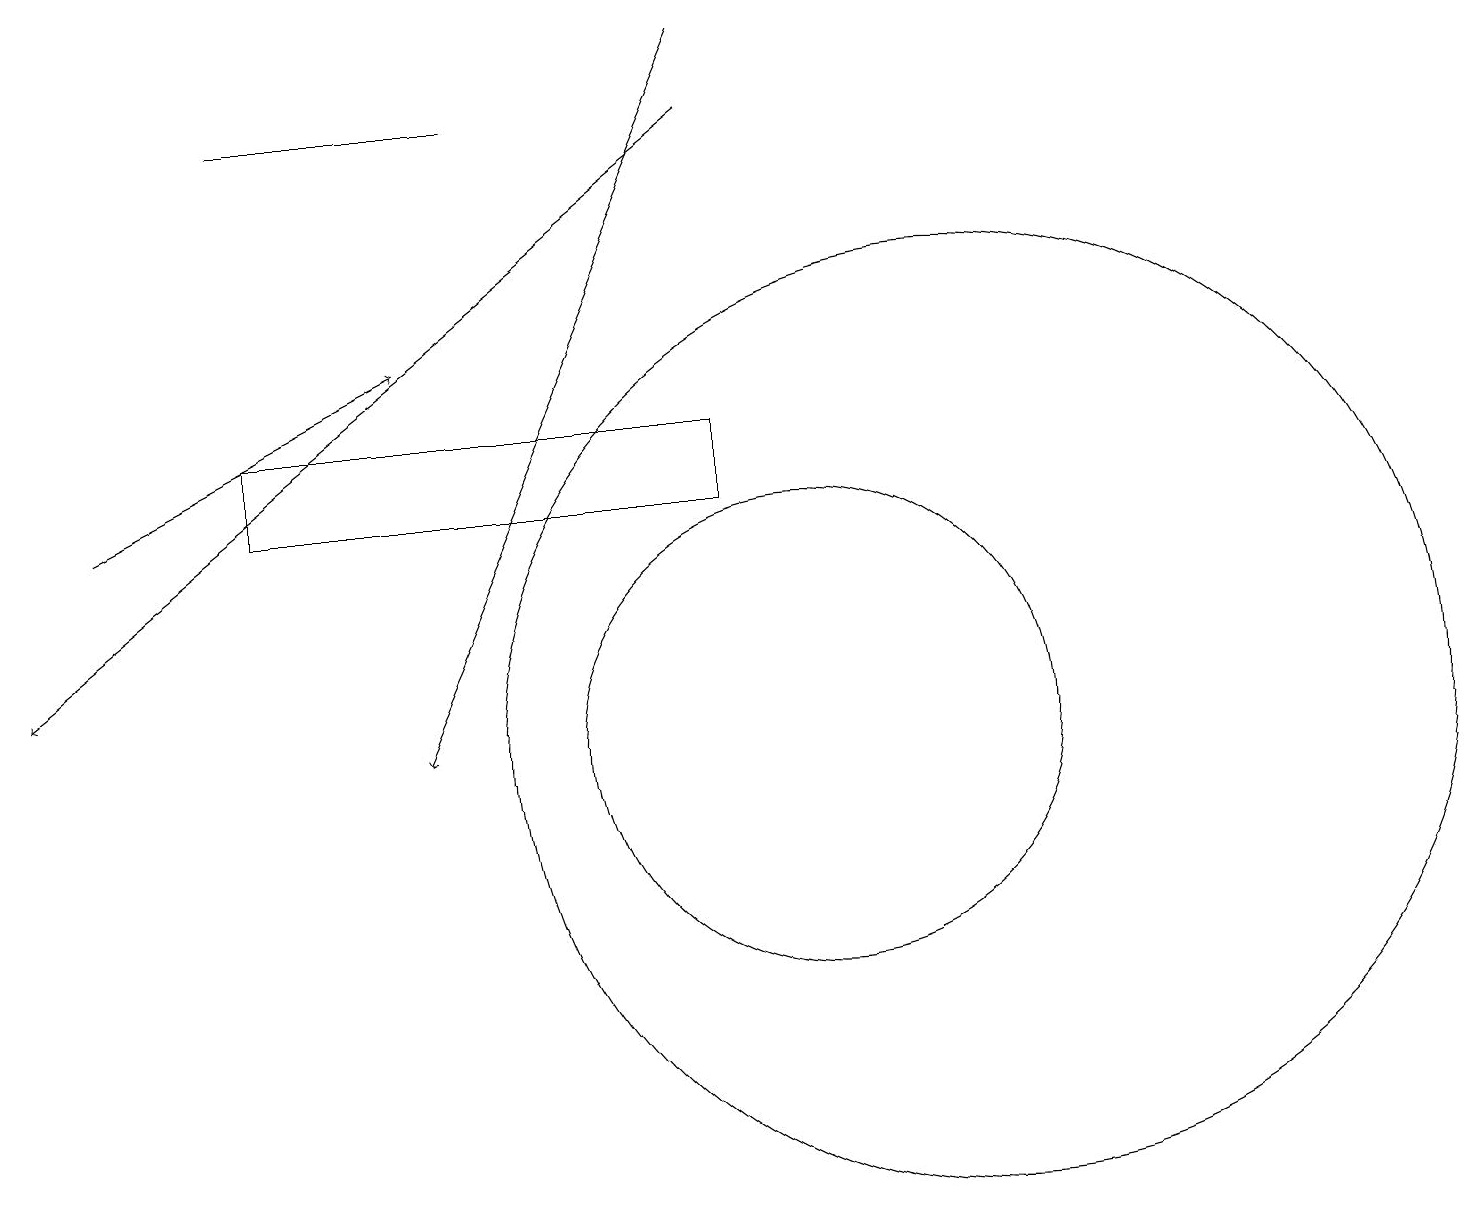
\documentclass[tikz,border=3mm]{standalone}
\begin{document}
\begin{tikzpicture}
\draw[->] (9,18) -- (0,11);
\draw (10,10) circle (3);
\draw (6,18) rectangle (3,18);
\draw[->] (1,13) -- (5,15);
\draw (9,13) rectangle (3,14);
\draw[->] (9,19) -- (5,10);
\draw (12,10) circle (6);
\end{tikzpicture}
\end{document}